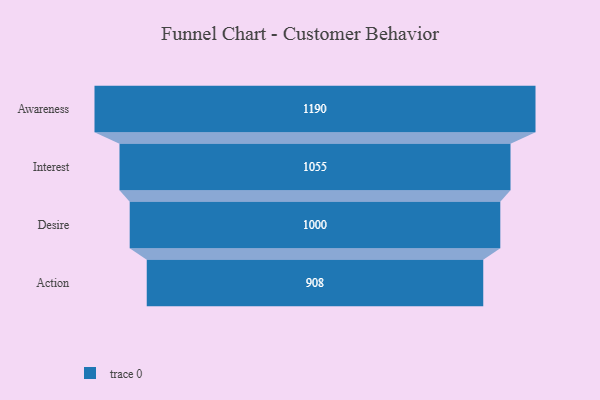
{"axis": {"x": "Stage", "y": "Value"}, "legend": [""], "data": [{"x": "Awareness", "y": 1190.0, "type": ""}, {"x": "Interest", "y": 1055.0, "type": ""}, {"x": "Desire", "y": 1000.0, "type": ""}, {"x": "Action", "y": 908.0, "type": ""}]}